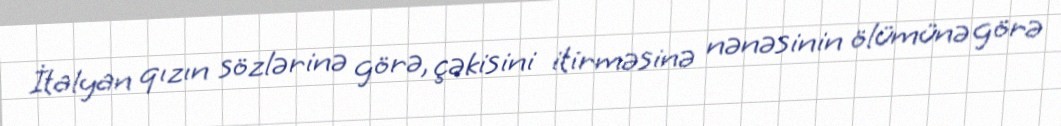
İtalyan qızın sözlərinə görə, çəkisini itirməsinə nənəsinin ölümünə görə